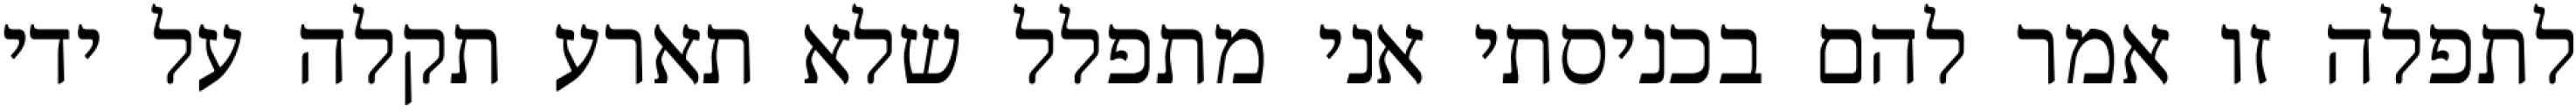
לתפלה זו אמר להם בכניסתי אני מתפלל שלא תארע תקלה על ידי